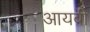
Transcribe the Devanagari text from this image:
आयबी